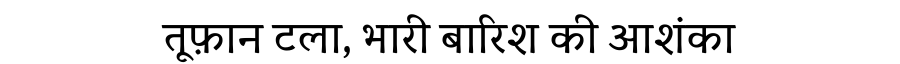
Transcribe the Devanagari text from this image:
तूफ़ान टला, भारी बारिश की आशंका